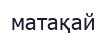
матақай